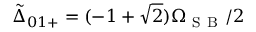
\tilde { \Delta } _ { 0 1 + } = ( - 1 + \sqrt { 2 } ) \Omega _ { \mathrm { ~ S ~ B ~ } } / 2